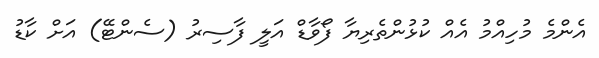
އެންމެ މުހިއްމު އެއް ކުޅުންތެރިޔާ ފޯވާޑް އަލީ ފާސިރު (ސެންޓޭ) އަށް ކާޑު